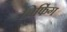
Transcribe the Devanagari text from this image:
ब्रिफिंग